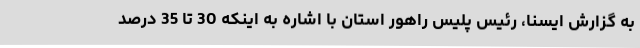
به گزارش ایسنا، رئیس پلیس راهور استان با اشاره به اینکه 30 تا 35 درصد